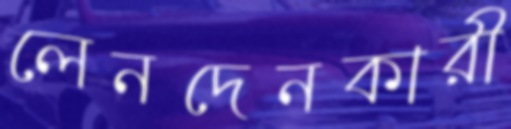
লেনদেনকারী